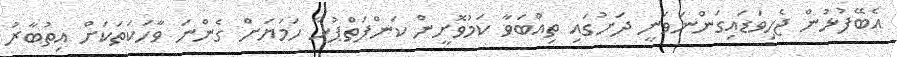
އެބޭފުޅުން ޖެހިވަޑައިގަންނަވަނީ ދަށުގައި ތިއްބަވާ ކަމުވޮށީން ކަންފަތްޕުޅާ ހަމަޔަށް ގެންނަ ވާހަކަތަކަށް އިތުބާރު